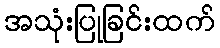
အသုံးပြုခြင်းထက်